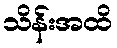
သိန်းအထိ